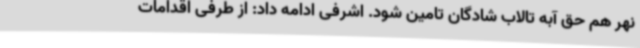
نهر هم حق آبه تالاب شادگان تامین شود. اشرفی ادامه داد: از طرفی اقدامات